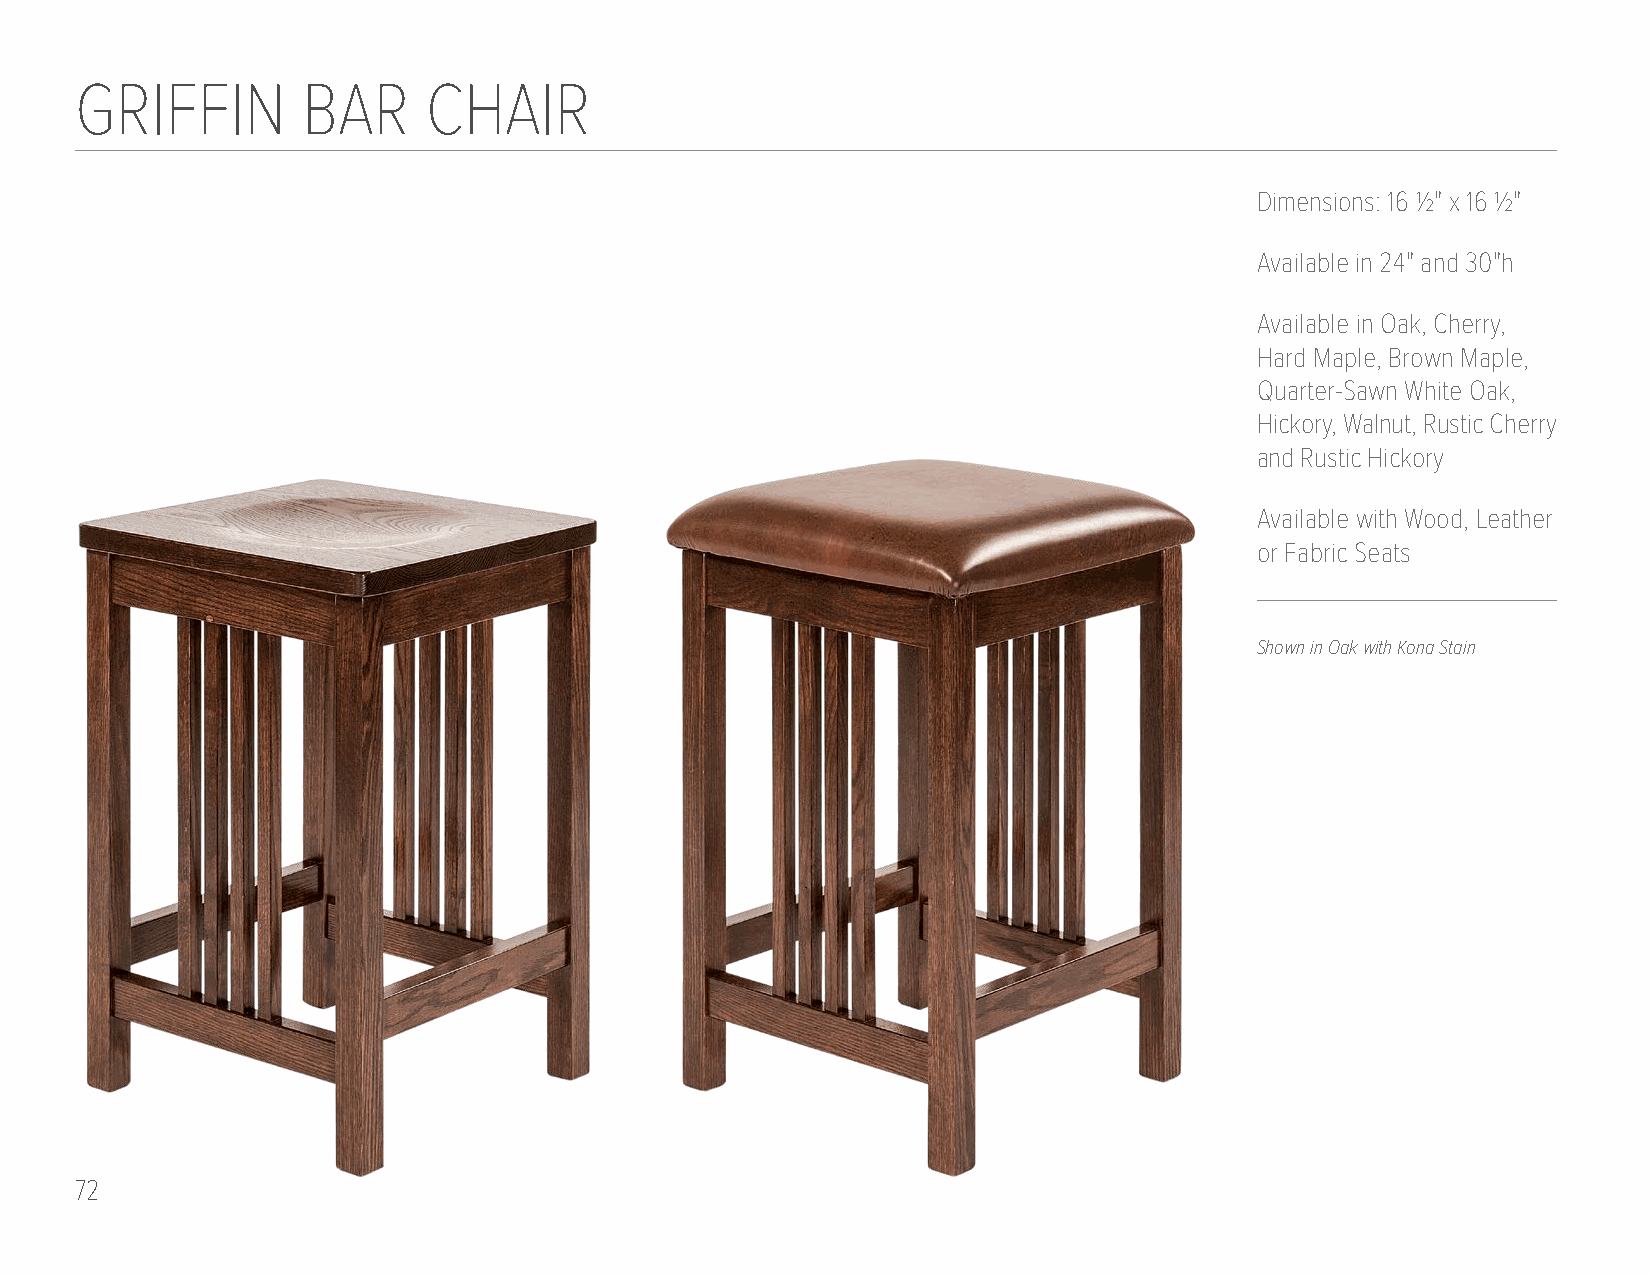
GRIFFIN        BAR     CHAIR
 Dimensions: 16 1/2" x 16 1/2"
 Available in 24" and 30"h
 Available in Oak, Cherry,
 Hard Maple, Brown Maple,
 Quarter-Sawn White Oak,
 Hickory, Walnut, Rustic Cherry
 and Rustic Hickory
 Available with Wood, Leather
 or Fabric Seats
 Shown in Oak with Kona Stain
 72